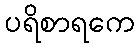
ပရိစာရကေ